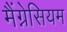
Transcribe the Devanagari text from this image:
मैंग्नेसियम